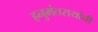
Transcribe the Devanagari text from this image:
हनुमंतरायांची